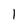
Character: 1